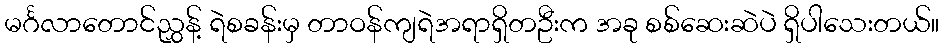
မင်္ဂလာတောင်ညွှန့် ရဲစခန်းမှ တာဝန်ကျရဲအရာရှိတဦးက အခု စစ်ဆေးဆဲပဲ ရှိပါသေးတယ်။